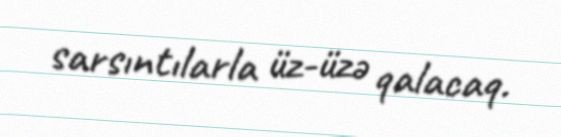
sarsıntılarla üz-üzə qalacaq.